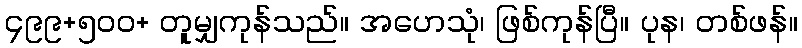
၄၉၉+၅၀၀+ တူမျှကုန်သည်။ အဟေသုံ၊ ဖြစ်ကုန်ပြီ။ ပုန၊ တစ်ဖန်။